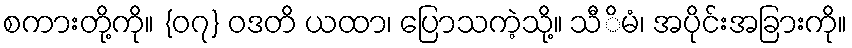
စကားတို့ကို။ {၀၇} ဝဒတိ ယထာ၊ ပြောသကဲ့သို့။ သီိမံ၊ အပိုင်းအခြားကို။